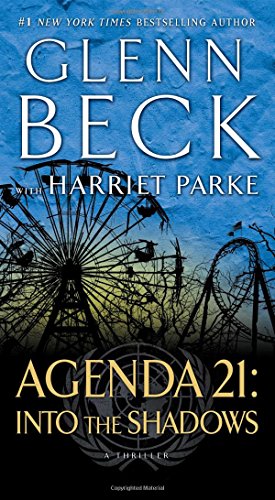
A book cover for Agenda 21: Into the Shadows; Glenn Beck; Mystery, Thriller & Suspense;